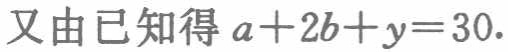
又由已知得 \(a + 2b + y = 30\).